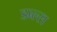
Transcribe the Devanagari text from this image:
डब्ल्स